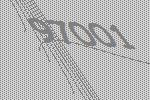
97001